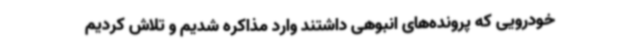
خودرویی که پرونده‌های انبوهی داشتند وارد مذاکره شدیم و تلاش کردیم